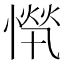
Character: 𱟂